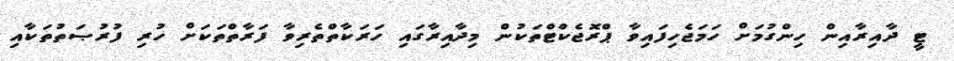
ޓީ ދާއިރާއިން ހިންގުމަށް ހަމަޖެހިފައިވާ ޕްރޮޖެކްޓްތަކުން މިދާއިރާގައި ހަރަކާތްތެރިވާ ފަރާތްތަކަށް ހުރި ފުރުޞަތުތަކާއި